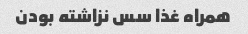
همراه غذا سس نزاشته بودن